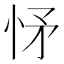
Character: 𢘕